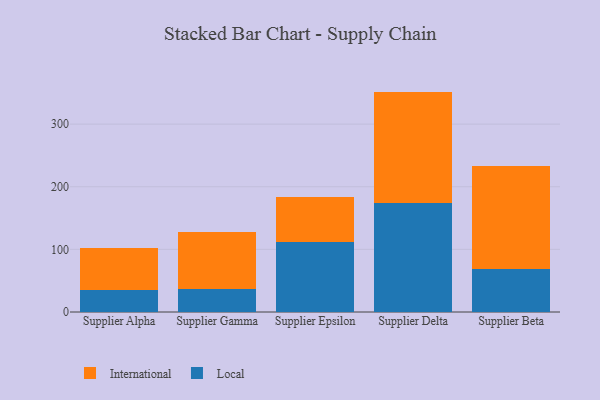
{"axis": {"x": "Supplier", "y": "Waste Production (Tons)"}, "legend": ["International", "Local"], "data": [{"x": "Supplier Alpha", "y": 35.9, "type": "Local"}, {"x": "Supplier Alpha", "y": 66.3, "type": "International"}, {"x": "Supplier Gamma", "y": 37.3, "type": "Local"}, {"x": "Supplier Gamma", "y": 89.9, "type": "International"}, {"x": "Supplier Epsilon", "y": 111.4, "type": "Local"}, {"x": "Supplier Epsilon", "y": 72.7, "type": "International"}, {"x": "Supplier Delta", "y": 173.6, "type": "Local"}, {"x": "Supplier Delta", "y": 178.3, "type": "International"}, {"x": "Supplier Beta", "y": 68.1, "type": "Local"}, {"x": "Supplier Beta", "y": 164.3, "type": "International"}]}